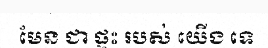
មែន ជា ផ្ទះ របស់ យើង ទេ